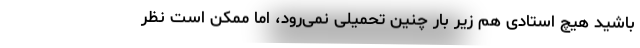
باشید هیچ استادی هم زیر بار چنین تحمیلی نمی‌رود، اما ممکن است نظر